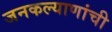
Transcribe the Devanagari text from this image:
जनकल्याणांची